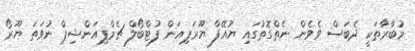
މުބާރާތަކީ ދެބަސް ވެވެން ނެތްގޮތުގައި ޔުއޭފާ ޔޫރަޕިއަން ފުޓްބޯލް ޗެމްޕިއަންޝިޕް ނުވަތަ ޔޫރޯ